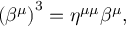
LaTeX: \left( \beta ^ { \mu } \right) ^ { 3 } = \eta ^ { \mu \mu } \beta ^ { \mu } ,